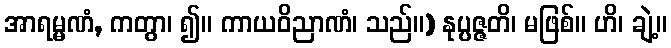
အာရမ္မဏံ, ကတွာ၊ ၍။ ကာယဝိညာဏံ၊ သည်။) နုပ္ပဇ္ဇတိ၊ မဖြစ်။ ဟိ၊ ချဲ့။